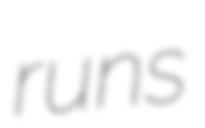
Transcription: runs